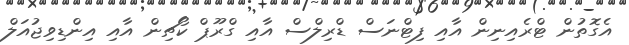
އެގޮތުން ޓްރެއިނިން އާއި ފިޓްނަސް ޑްރިލްސް އާއި ގްރޫޕް ކޯޗިން އާއި އިންޑިވިޖުއަލް